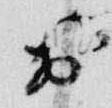
於